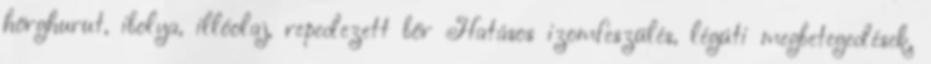
hörghurut, ibolya, illóolaj, repedezett bőr Hatásos izomfeszülés, légúti megbetegedések,